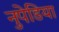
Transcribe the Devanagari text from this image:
नुपेडिया